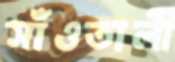
সাঁওতালী